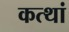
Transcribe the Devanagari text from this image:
कत्थां